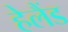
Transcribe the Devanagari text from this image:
हेलैंड